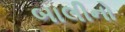
બાલીનો